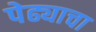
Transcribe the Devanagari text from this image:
पेढ्याचा